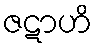
ဇဋာဟိ